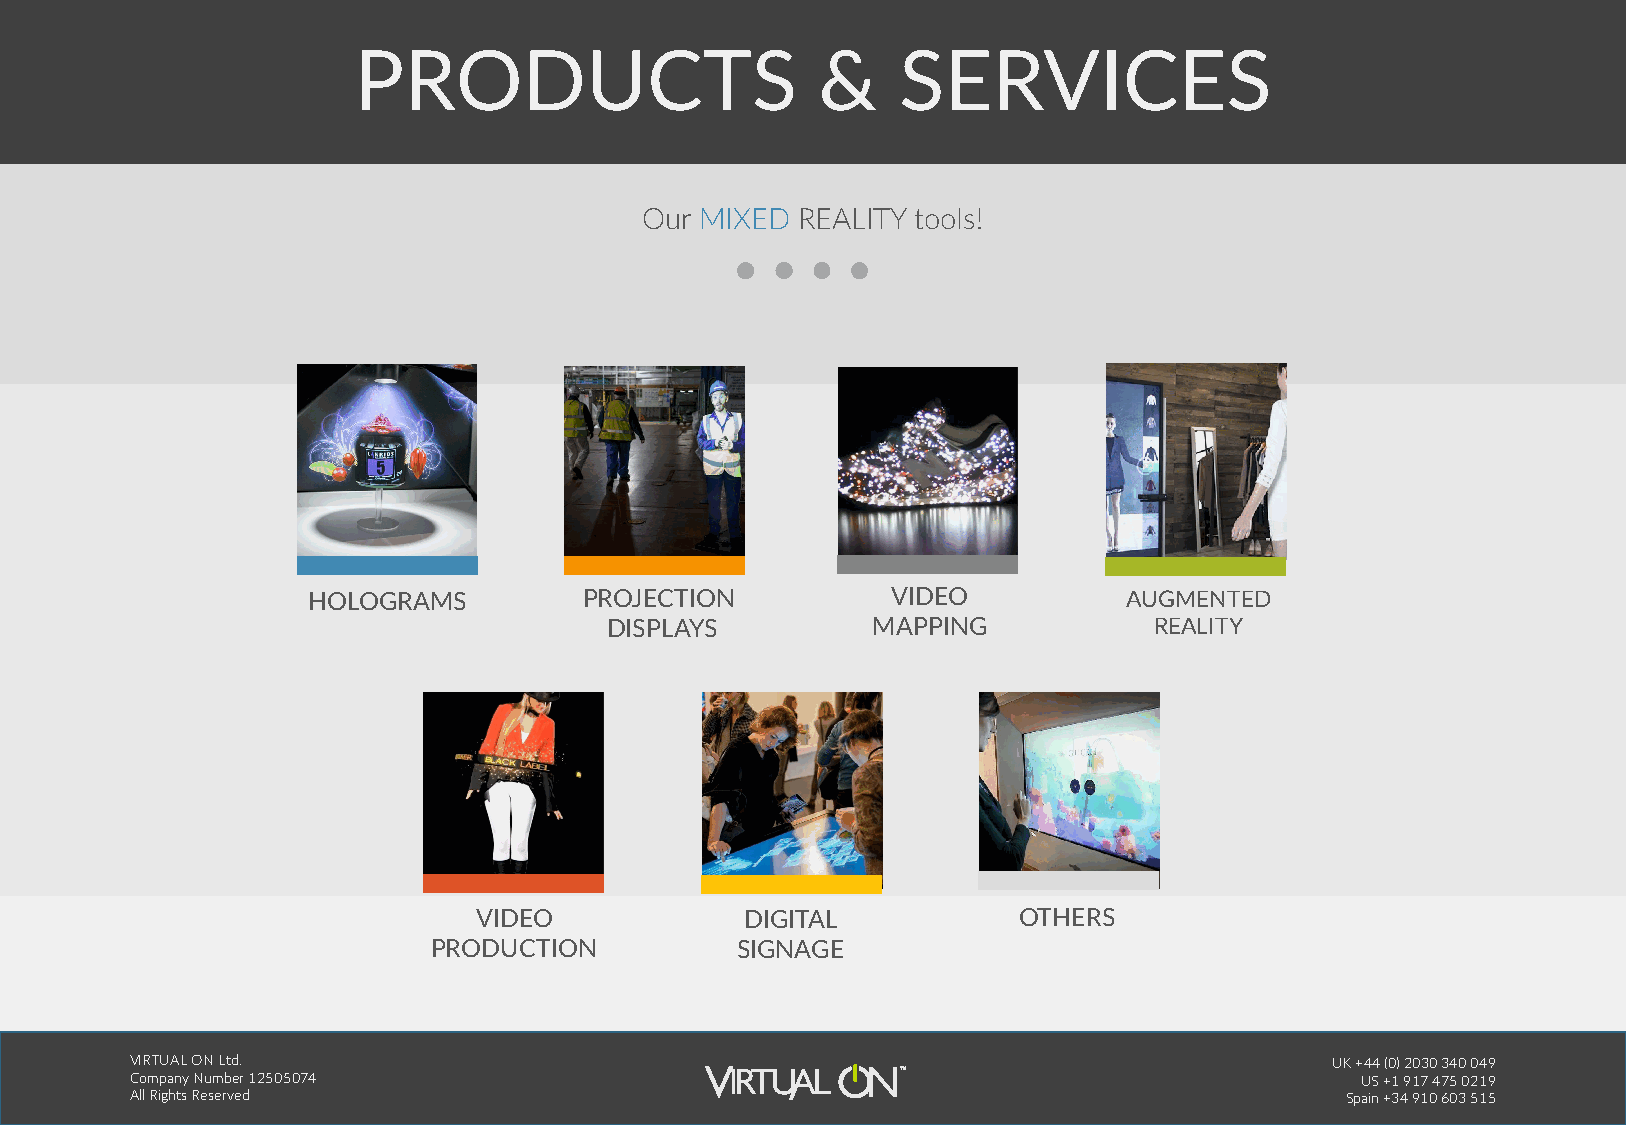
PRODUCTS                       &    SERVICES
 Our MIXED  REALITY tools!
 HOLOGRAMS          PROJECTION          VIDEO           AUGMENTED
 DISPLAYS          MAPPING           REALITY
 VIDEO             DIGITAL           OTHERS
 PRODUCTION          SIGNAGE
 VIRTUAL ON Ltd.                                                                UK +44 (0) 2030 340 049
 Company Number 12505074                                                          US +1 917 475 0219
 All Rights Reserved                                                             Spain +34 910 603 515